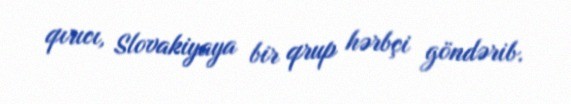
qırıcı, Slovakiyaya bir qrup hərbçi göndərib.